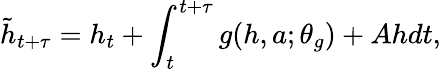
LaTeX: \tilde{h}_{t+\tau}=h_{t}+\int_{t}^{t+\tau}g(h,a;\theta_{g})+Ahdt,